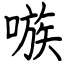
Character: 嗾